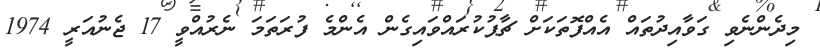
މިދެންނެވި ގަވާއިދުތައް އެއްފޮތަކަށް ޗާޕުކުރައްވައިގެން އެންމެ ފުރަތަމަ ނެރުއްވީ 17 ޖެނުއަރީ 1974